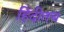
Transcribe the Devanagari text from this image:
हिंदीतच